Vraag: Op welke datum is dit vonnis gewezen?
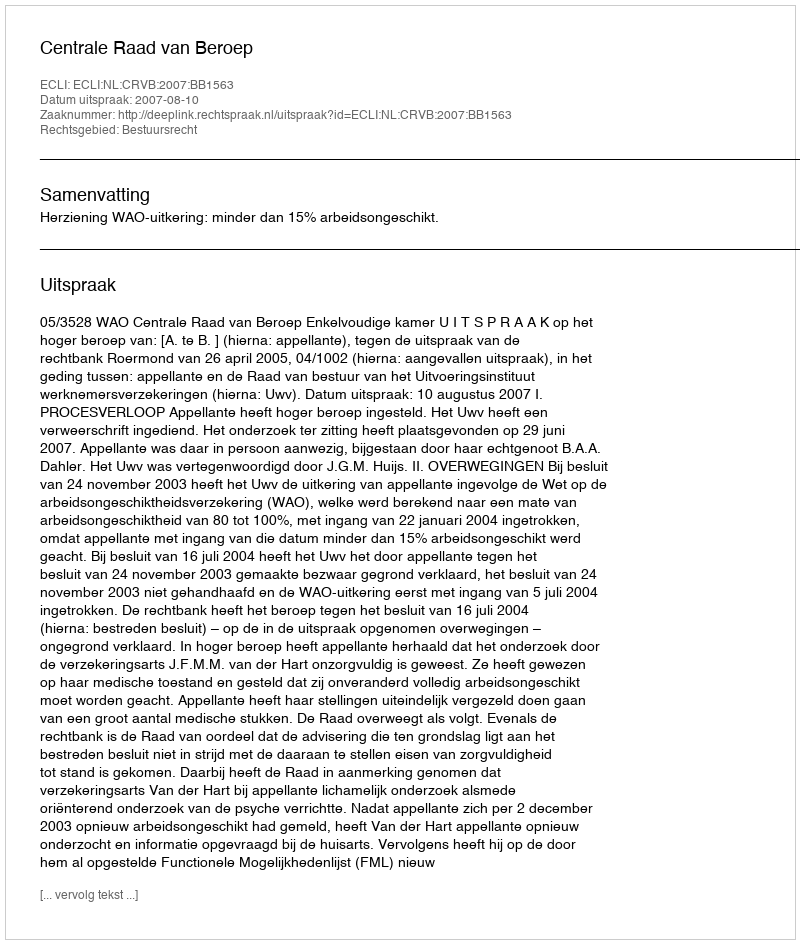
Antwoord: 2007-08-10